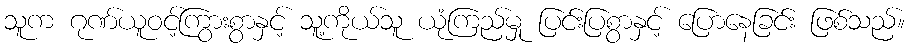
သူက ဂုဏ်ယူဝင့်ကြွားစွာနှင့် သူ့ကိုယ်သူ ယုံကြည်မှု ပြင်းပြစွာနှင့် ပြောနေခြင်း ဖြစ်သည်။